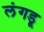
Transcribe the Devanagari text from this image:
लंगडू